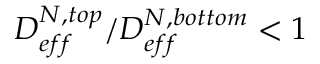
D _ { e f f } ^ { N , t o p } / D _ { e f f } ^ { N , b o t t o m } < 1